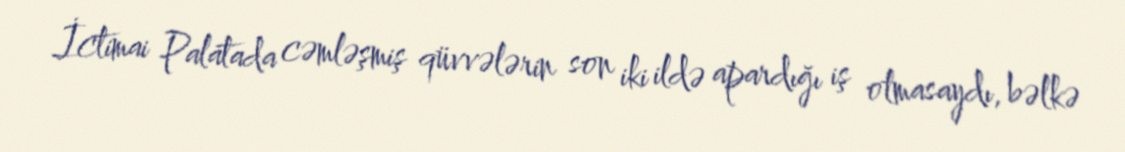
İctimai Palatada cəmləşmiş qüvvələrin son iki ildə apardığı iş olmasaydı, bəlkə